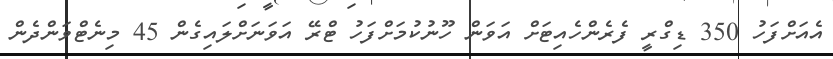
އެއަށްފަހު 350 ޑިގްރީ ފެރެންހެއިޓަށް އަވަން ހޫނުކުމަށްފަހު ޓްރޭ އަވަނަށްލައިގެން 45 މިނެޓްވަންދެން